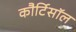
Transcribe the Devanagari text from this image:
कौर्टिसॉल